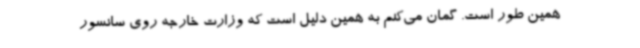
همین طور است. گمان می‌کنم به همین دلیل است که وزارت خارجه روی سانسور